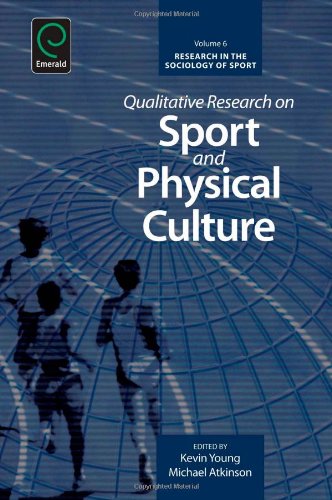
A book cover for Qualitative Research on Sport and Physical Culture (Research in the Sociology of Sport); Kevin Young; Sports & Outdoors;